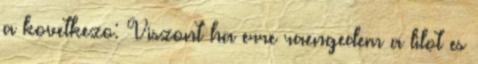
a kovetkezo: Viszont ha erre raengedem a lilot es